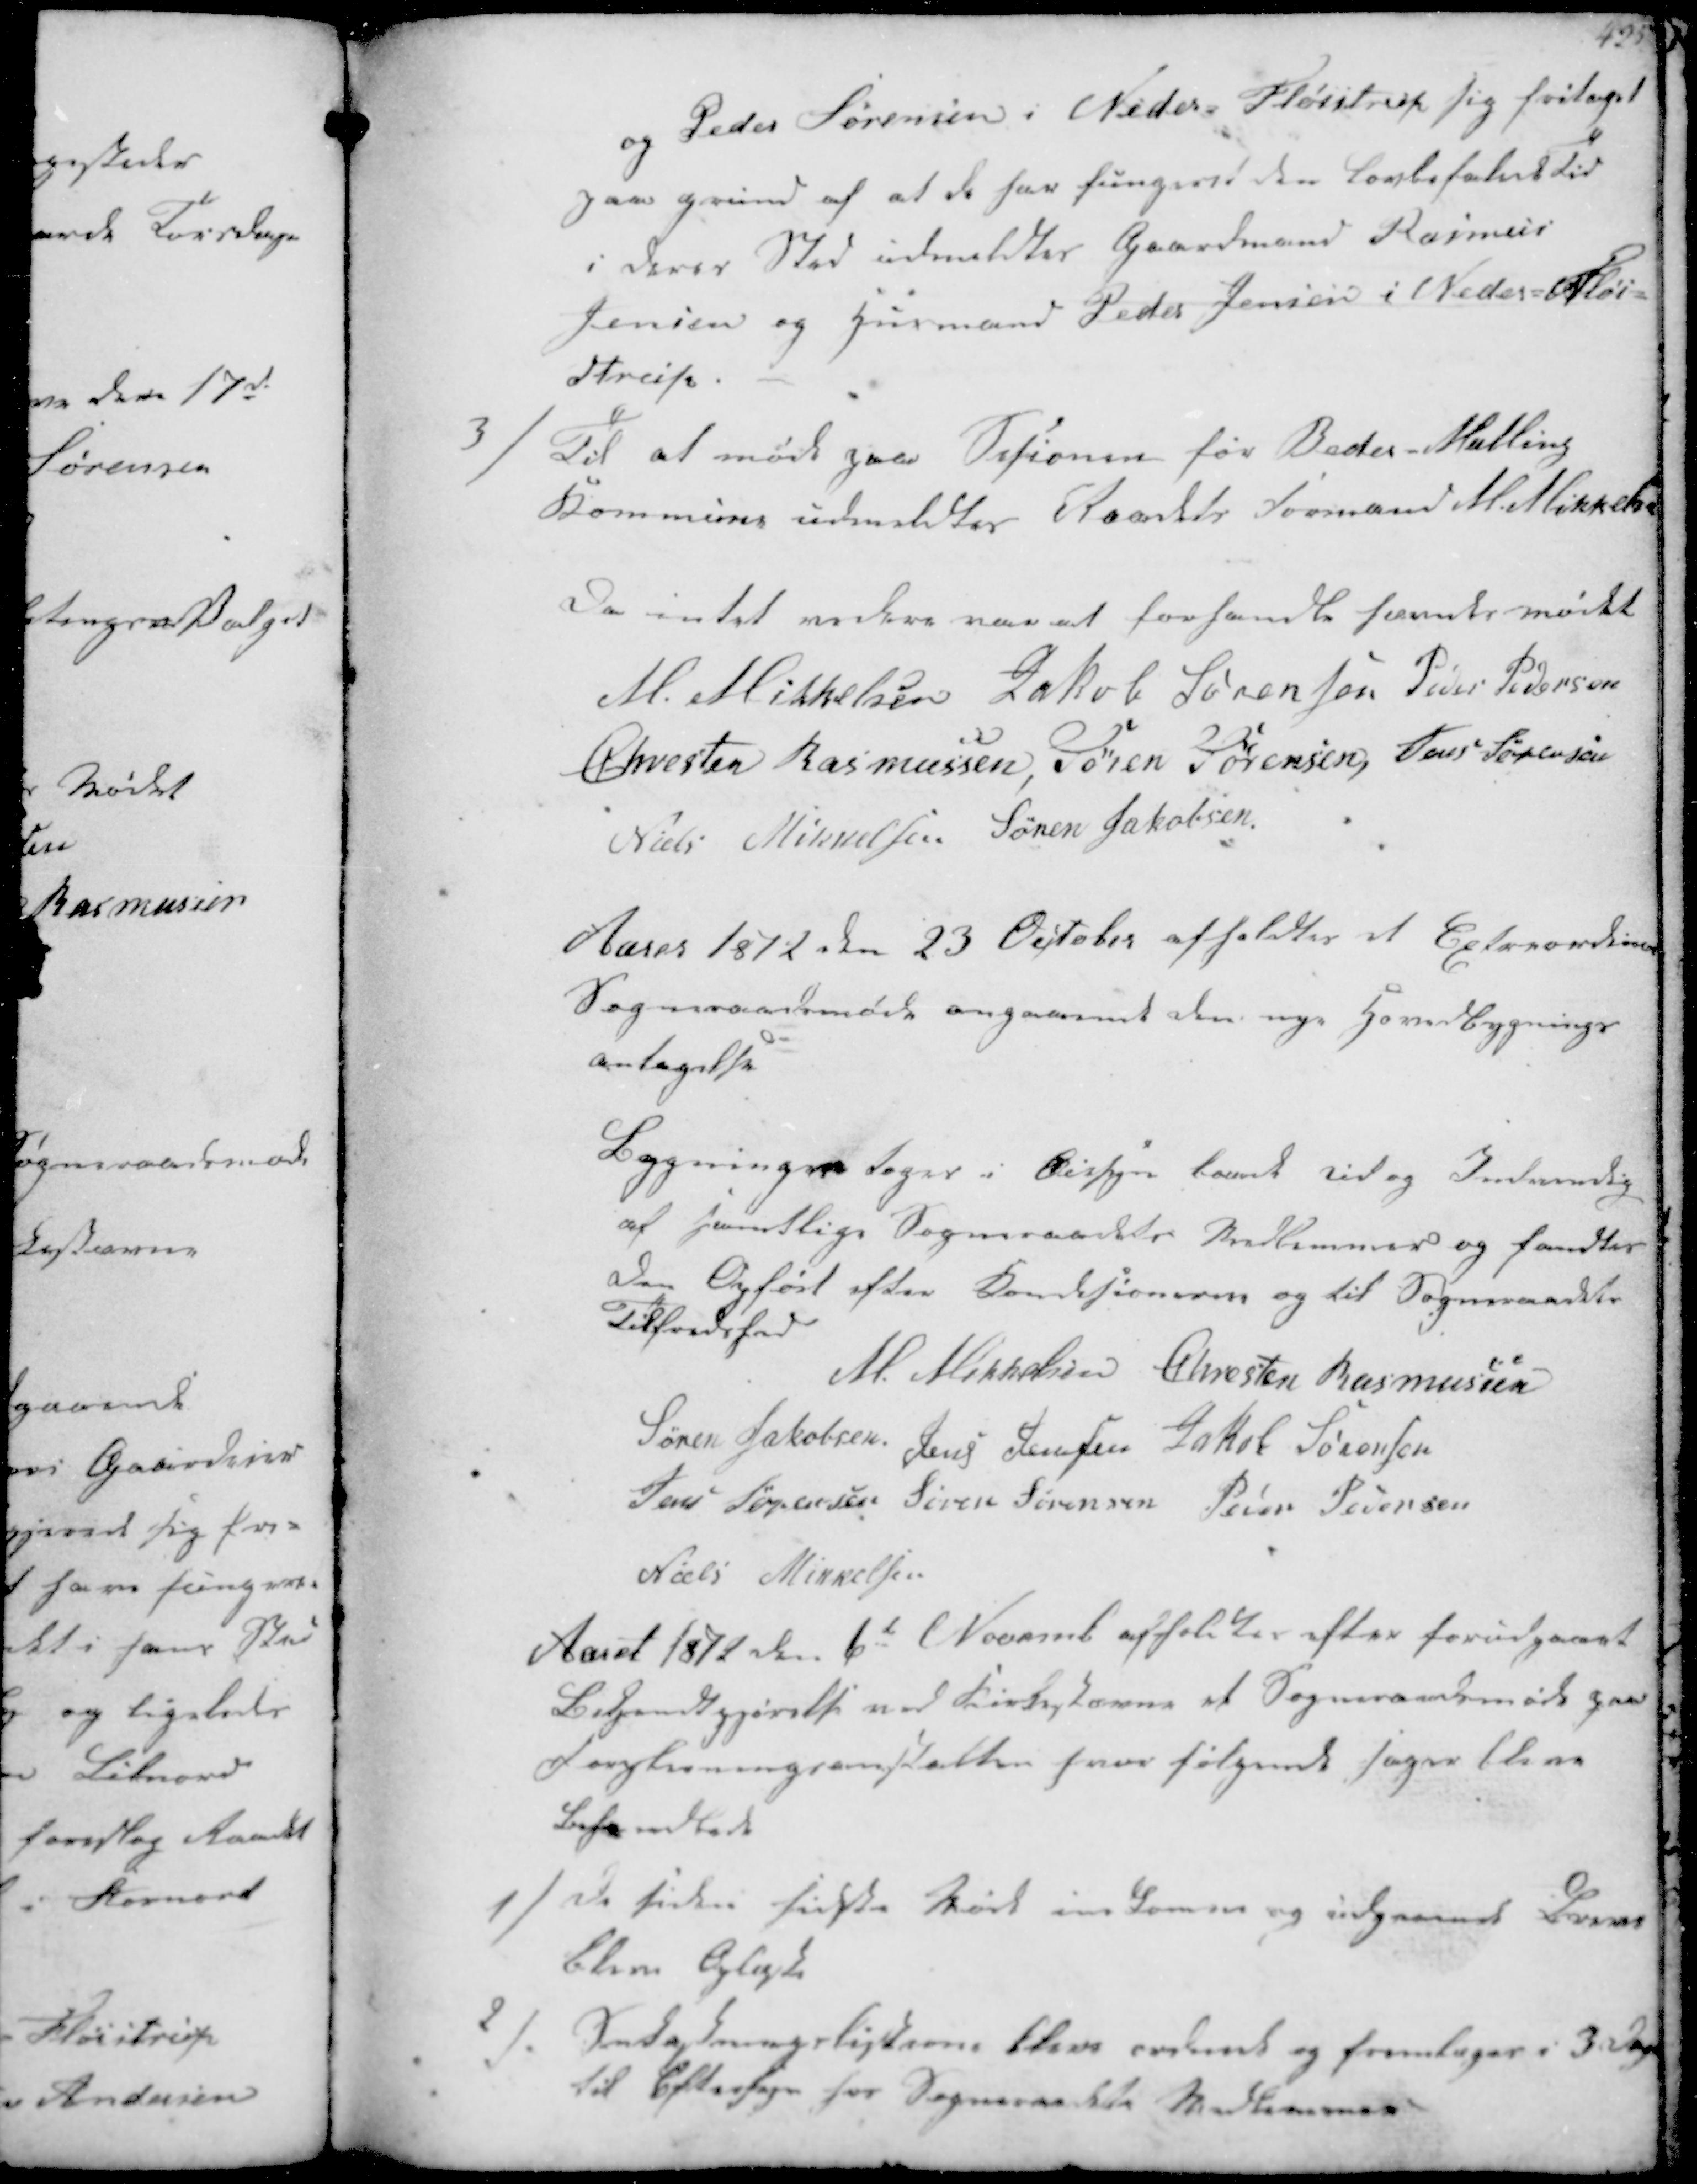
Transskription:
og Peder Sørensen i Neder Fløistrup sig fritaget
paa grund af at de har fungeret den Lovbefalede Tid
i deres Sted udmeldter Gaardmand Rasmus
Jensen og Husmand Peder Jensen i Neder Fløj-
strup

3/
Til at møde gaa Sesionen for Beder-Malling
kommune udmeldtes Raadets Formand M. Mikkelsen
Da intet videre var at forhandle hævedes mødet
M. Mikkelsen Jakob Sørensen Peder Pedersen
Chresten Rasmussen Søren Sørensen Jens Sørensen
Niels Mikkelsen Søren Jakobsen

Aaret 1872 den 23 October afholdtes et Extraordinært
Sogneraadsmøde angaaend den nye Hovedbygnings-
antagelse
Bygningen tages i Øjesyn baade Ud og Indvendig
af samtlige Sogneraadets Medlemmer og fandtes
den Opført efter Conditionerne og til Sogneraadets
Tilfredshed
M Mikkelsen Chresten Rasmussen
Søren Jakobsen Jens Jensen Jakob Sørensen
Jens Sørensen Søren Sørensen Peter Sørensen
Niels Mikkelsen

Aaret 1872 den 6 Novmb afholdtes efter forudgaaet
Bekjendtgjørelse ved Kirkestævne et Sogneraadsmøde paa
Forplejningsanstalten hvor følgende Sager bleve
behandlede
1/
De siden sidste Møde indkomne og udgaaende Breve
bleve oplæste
2/
Snekastningslisterne bleve ordnet og fremlægges i 3 Dage
Til Eftersyn for Sogneraadets Medlemmer